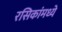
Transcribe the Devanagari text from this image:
रसिकांमध्ये